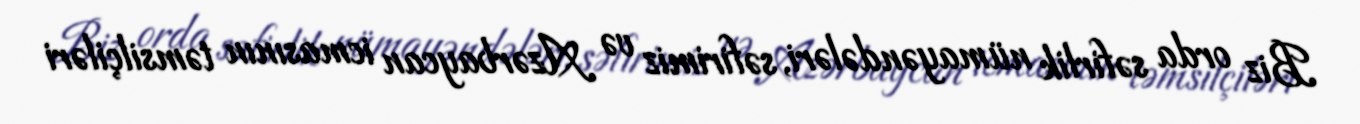
Biz orda səfirlik nümayəndələri, səfirimiz və Azərbaycan icmasının təmsilçiləri